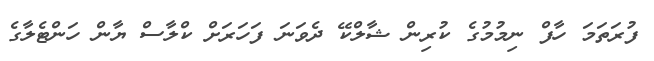
ފުރަތަމަ ހާފް ނިމުމުގެ ކުރިން ޝާލްކޭ ދެވަނަ ފަހަރަށް ކްލާސް ޔާން ހަންޓެލާގެ